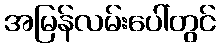
အမြန်လမ်းပေါ်တွင်